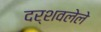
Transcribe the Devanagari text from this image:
दर्शवलेले